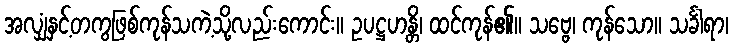
အလျှံနှင့်တကွဖြစ်ကုန်သကဲ့သို့လည်းကောင်း။ ဥပဋ္ဌဟန္တိ၊ ထင်ကုန်၏။ သဗ္ဗေ၊ ကုန်သော။ သင်္ခါရာ၊